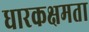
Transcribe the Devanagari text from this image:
धारकक्षमता